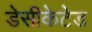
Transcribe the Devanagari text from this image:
डेसीकेटेड